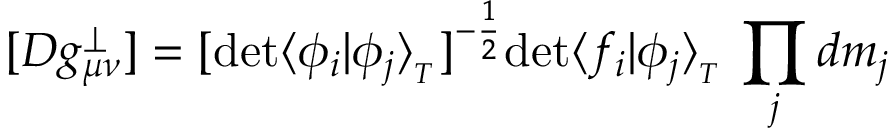
[ { \cal D } g _ { \mu \nu } ^ { \perp } ] = [ \mathrm { d e t } \langle \phi _ { i } \vert \phi _ { j } \rangle _ { _ T } ] ^ { - { \frac { 1 } { 2 } } } \mathrm { d e t } \langle f _ { i } \vert \phi _ { j } \rangle _ { _ T } \, \prod _ { j } d m _ { j }